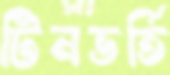
টিনভর্তি